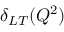
\delta _ { L T } ( Q ^ { 2 } )